Civil Veterinary Department Bengal reports 1923-33 - 1923-1933
Year: 1923
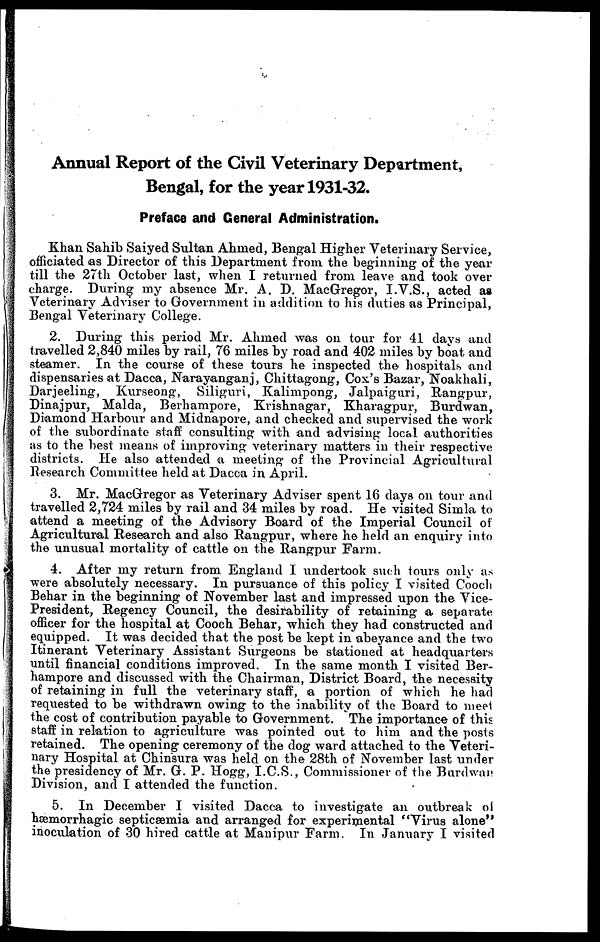
Annual Report of the Civil Veterinary Department,
Bengal, for the year 1931-32.
Preface and General Administration.
Khan Sahib Saiyed Sultan Ahmed, Bengal Higher Veterinary Service,
officiated as Director of this Department from the beginning of the year
till the 27th October last, when I returned from leave and took over
charge. During my absence Mr. A. D. MacGregor, I.V.S., acted as
Veterinary Adviser to Government in addition to his duties as Principal,
Bengal Veterinary College.
2. During this period Mr. Ahmed was on tour for 41 days and
travelled 2,840 miles by rail, 76 miles by road and 402 miles by boat and
steamer. In the course of these tours he inspected the hospitals and
dispensaries at Dacca, Narayanganj, Chittagong, Cox's Bazar, Noakhali,
Darjeeling, Kurseong, Siliguri, Kalimpong, Jalpaiguri, Rangpur,
Dinajpur, Malda, Berhampore, Krishnagar, Kharagpur, Burdwan,
Diamond Harbour and Midnapore, and checked and supervised the work
of the subordinate staff consulting with and advising local authorities
as to the best means of improving veterinary matters in their respective
districts. He also attended a meeting of the Provincial Agricultural
Research Committee held at Dacca in April.
3. Mr. MacGregor as Veterinary Adviser spent 16 days on tour and
travelled 2,724 miles by rail and 34 miles by road. He visited Simla to
attend a meeting of the Advisory Board of the Imperial Council of
Agricultural Research and also Rangpur, where he held an enquiry into
the unusual mortality of cattle on the Rangpur Farm.
4. After my return from England I undertook such tours only as
were absolutely necessary. In pursuance of this policy I visited Cooch
Behar in the beginning of November last and impressed upon the Vice-
President, Regency Council, the desirability of retaining a separate
officer for the hospital at Cooch Behar, which they had constructed and
equipped. It was decided that the post be kept in abeyance and the two
Itinerant Veterinary Assistant Surgeons be stationed at headquarters
until financial conditions improved. In the same month I visited Ber-
hampore and discussed with the Chairman, District Board, the necessity
of retaining in full the veterinary staff, a portion of which he had
requested to be withdrawn owing to the inability of the Board to meet
the cost of contribution payable to Government. The importance of this
staff in relation to agriculture was pointed out to him and the posts
retained. The opening ceremony of the dog ward attached to the Veteri-
nary Hospital at Chinsura was held on the 28th of November last under
the presidency of Mr. G. P. Hogg, I.C.S., Commissioner of the Burdwar
Division, and I attended the function.
5. In December I visited Dacca to investigate an outbreak of
hæmorrhagic septicæmia and arranged for experimental "Virus alone"
inoculation of 30 hired cattle at Manipur Farm. In January I visited